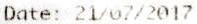
DATE: 21/07/2017